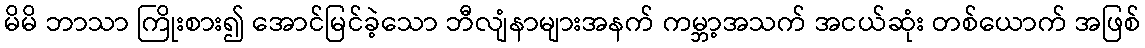
မိမိ ဘာသာ ကြိုးစား၍ အောင်မြင်ခဲ့သော ဘီလျံနာများအနက် ကမ္ဘာ့အသက် အငယ်ဆုံး တစ်ယောက် အဖြစ်